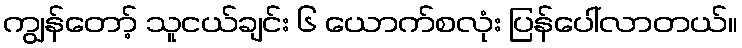
ကျွန်တော့် သူငယ်ချင်း ၆ ယောက်စလုံး ပြန်ပေါ်လာတယ်။